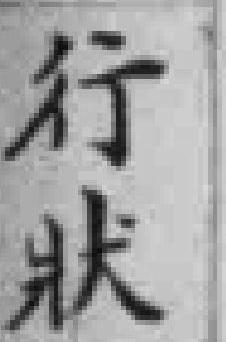
行狀